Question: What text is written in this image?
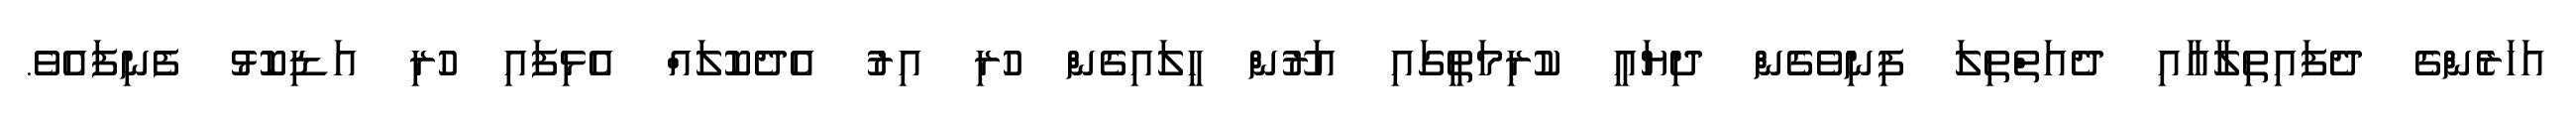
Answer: އަހަރެންގެ ދެފައިތިލާއާއި ދެއަތްތިލަ ފިނިވެގެން ދިޔައީ ކުރިމަތީގައި އަރޫން ހީލައިގެން ހުރި އިރު އެދެކޮލައް އެޅިފައި ހުރި އަޑިކޮޅު ފެނިފައެވެ.